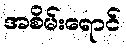
အစိမ်းရောင်